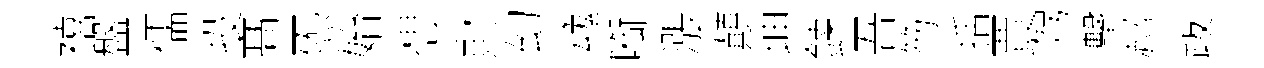
禧盤儒投髙炁始想財幻魂㗸漲顛坤鍊吾笏括賈驾擊郝跋